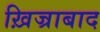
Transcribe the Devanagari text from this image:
ख़िज्राबाद